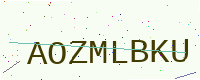
Text: AOZMLBKU